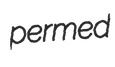
permed